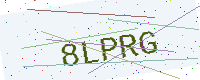
Text: 8LPRG